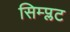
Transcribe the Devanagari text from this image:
सिम्प्लट